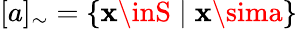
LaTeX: [a]_{\sim}=\{ \mathbf{x}\inS\mid\mathbf{x}\sima\}